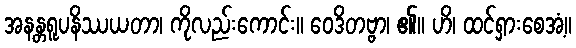
အနန္တရူပနိဿယတာ၊ ကိုလည်းကောင်း။ ဝေဒိတဗ္ဗာ၊ ၏။ ဟိ၊ ထင်ရှားစေအံ့။